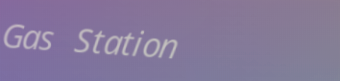
Gas Station